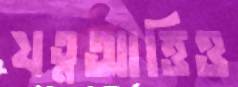
যত্নআত্তিও